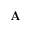
\mathbf { A }